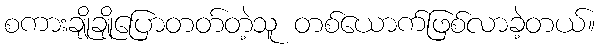
စကားချိုချိုပြောတတ်တဲ့သူ တစ်ယောက်ဖြစ်လာခဲ့တယ်။